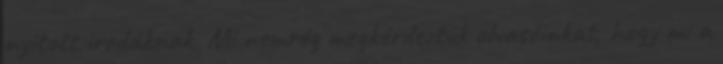
nyitott irodáknak. Mi nemrég megkérdeztük olvasóinkat, hogy mi a